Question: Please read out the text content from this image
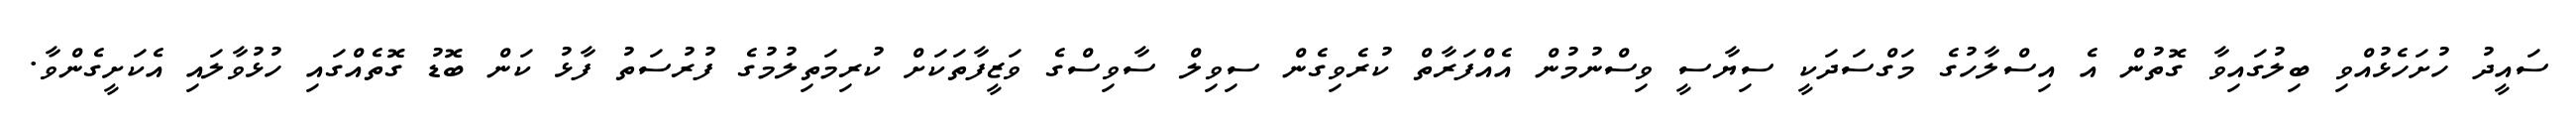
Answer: ސައީދު ހުށަހެޅުއްވި ބިލުގައިވާ ގޮތުން އެ އިސްލާހުގެ މަގްސަދަކީ ސިޔާސީ ވިސްނުމުން އެއްފަރާތް ކުރެވިގެން ސިވިލް ސާވިސްގެ ވަޒީފާތަކަށް ކުރިމަތިލުމުގެ ފުރުސަތު ފާޅު ކަން ބޮޑު ގޮތެއްގައި ހުޅުވާލައި އެކަށީގެންވާ.